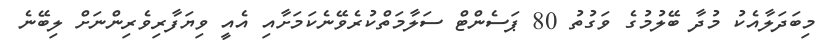
މިބަދަލާއެކު މުދާ ބޭލުމުގެ ވަގުތު 80 ޕަސެންޓް ސަލާމަތްކުރެވޭނެކަމަށާއި އެއީ ވިޔަފާރިވެރިންނަށް ލިބޭނެ